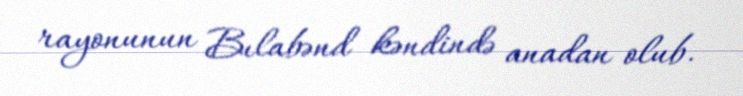
rayonunun Bılabənd kəndində anadan olub.